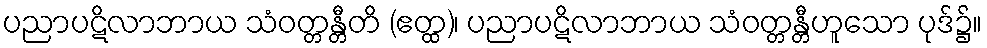
ပညာပဋိလာဘာယ သံဝတ္တန္တီတိ (ဧတ္ထ)၊ ပညာပဋိလာဘာယ သံဝတ္တန္တီဟူသော ပုဒ်၌။